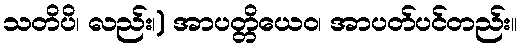
သတိပိ၊ လည်း၊) အာပတ္တိယေဝ၊ အာပတ်ပင်တည်း။